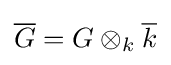
{\overline {G}}=G\otimes _{k}{\overline {k}}